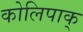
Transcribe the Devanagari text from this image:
कोलिपाक्